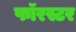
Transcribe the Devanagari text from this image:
फॉरस्टर